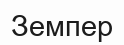
Земпер